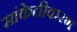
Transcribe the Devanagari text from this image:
सांकेतीकरण